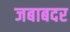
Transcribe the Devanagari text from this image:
जबाबदर